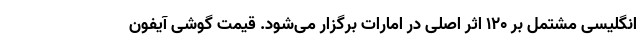
انگلیسی مشتمل بر ۱۲۰ اثر اصلی در امارات برگزار می‌شود. قیمت گوشی آیفون